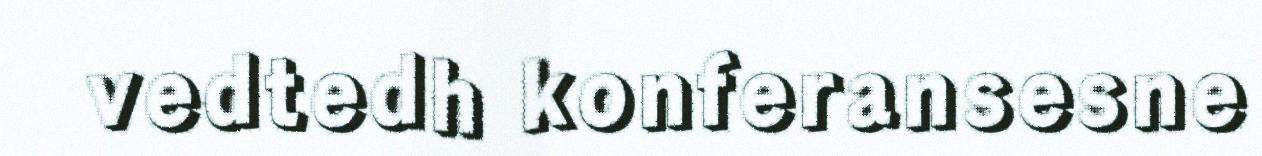
vedtedh konferansesne